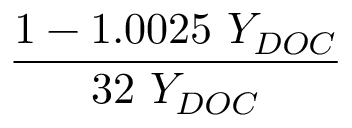
\frac { 1 - 1 . 0 0 2 5 \ Y _ { D O C } } { 3 2 \ Y _ { D O C } }